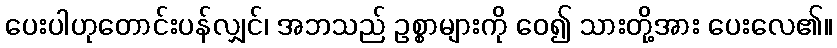
ပေးပါဟုတောင်းပန်လျှင်၊ အဘသည် ဥစ္စာများကို ဝေ၍ သားတို့အား ပေးလေ၏။